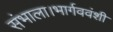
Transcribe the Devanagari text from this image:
संभाला।भार्गववंशी